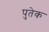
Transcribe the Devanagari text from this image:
पुतेक